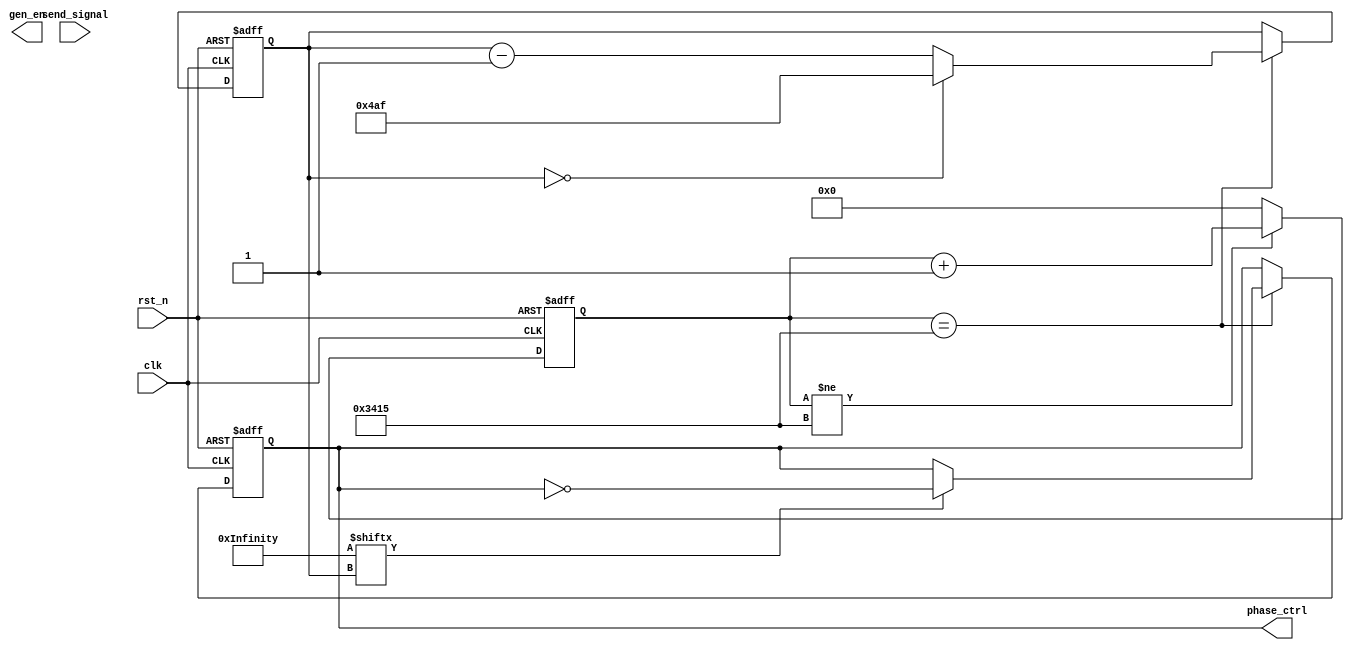
module Phase_Ctrl_2 #(
        parameter integer ref_clk_freq = 128000000,
        parameter integer baudrate = 9600
    )

    (
        input                            clk        , //
        input                            rst_n      , //
        // send 
        input                            send_signal,
        // phase ctrl
        output                           gen_en     ,
        output reg                       phase_ctrl
        
//        input [1199:0]                   data
    );
//calculates the clock cycle for baud rate
localparam                       CYCLE = ref_clk_freq / baudrate;
reg[12:0]                         bit_cnt;//bit counter
reg[15:0]                        cycle_cnt; //baud counter
wire [1199:0] data;
assign data = 1200'h1acffc1dff480ec09a0d70bc8e2c93ada7b746ce5a977dcc32a2bf3e0a10f18894cdeab1fe901d81341ae1791c59275b4f6e8d9cb52efb9865457e7c1421e311299bd563fd203b026835c2f238b24eb69edd1b396a5df730ca8afcf82843c6225337aac7fa407604d06b85e471649d6d3dba3672d4bbee619515f9f050878c44a66f558ff480ec09a0d70bc8e2c93ada7b746ce5a977;

// ----------------?------------------
always@(posedge clk or negedge rst_n) begin
    if(rst_n == 1'b0)
        cycle_cnt <= 16'd0;
    else if(cycle_cnt != CYCLE)
        cycle_cnt <= cycle_cnt + 16'd1;
    else
        cycle_cnt <= 16'd0;
end

//  
always@(posedge clk or negedge rst_n)
begin
	if(rst_n == 1'b0)
    begin
        bit_cnt <= 12'd1199;
    end
	else if(cycle_cnt == CYCLE)
        if (bit_cnt == 12'd0)
            bit_cnt <= 12'd1199;
        else
		    bit_cnt <= bit_cnt - 3'd1;
	else
		bit_cnt <= bit_cnt;
end
// ?
wire baud;
assign baud = cycle_cnt == CYCLE;
always@(posedge clk or negedge rst_n)
begin
    if(rst_n == 1'b0) begin
        phase_ctrl <= 1'b1;
    end else
        if(cycle_cnt == CYCLE) begin
            // IF NRZM
            if (data[bit_cnt])  
                phase_ctrl <= ~phase_ctrl;
            else
                phase_ctrl <= phase_ctrl;
        end else begin
            phase_ctrl <= phase_ctrl;
        end
end    
endmodule